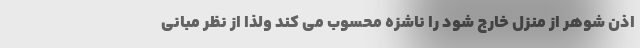
اذن شوهر از منزل خارج شود را ناشزه محسوب می کند ولذا از نظر مبانی